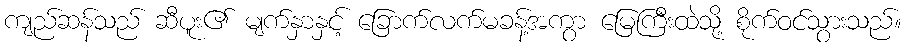
ကျည်ဆန်သည် ဆီပူး၏ မျက်နှာနှင့် ခြောက်လက်မခန့်အကွာ မြေကြီးထဲသို့ စိုက်ဝင်သွားသည်။